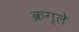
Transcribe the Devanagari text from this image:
क्रग्ले